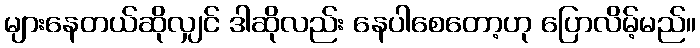
များနေတယ်ဆိုလျှင် ဒါဆိုလည်း နေပါစေတော့ဟု ပြောလိမ့်မည်။